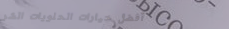
أفضل خيارات الحلويات الشر